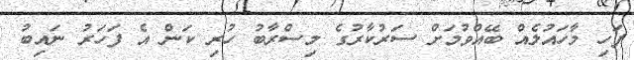
ފަހި މާހައުލެއް ބޭއްވުމަށް ސަރުކާރުގެ މިސްރާބު ހުރި ކަން އެ ފަހަރު ނައިބު